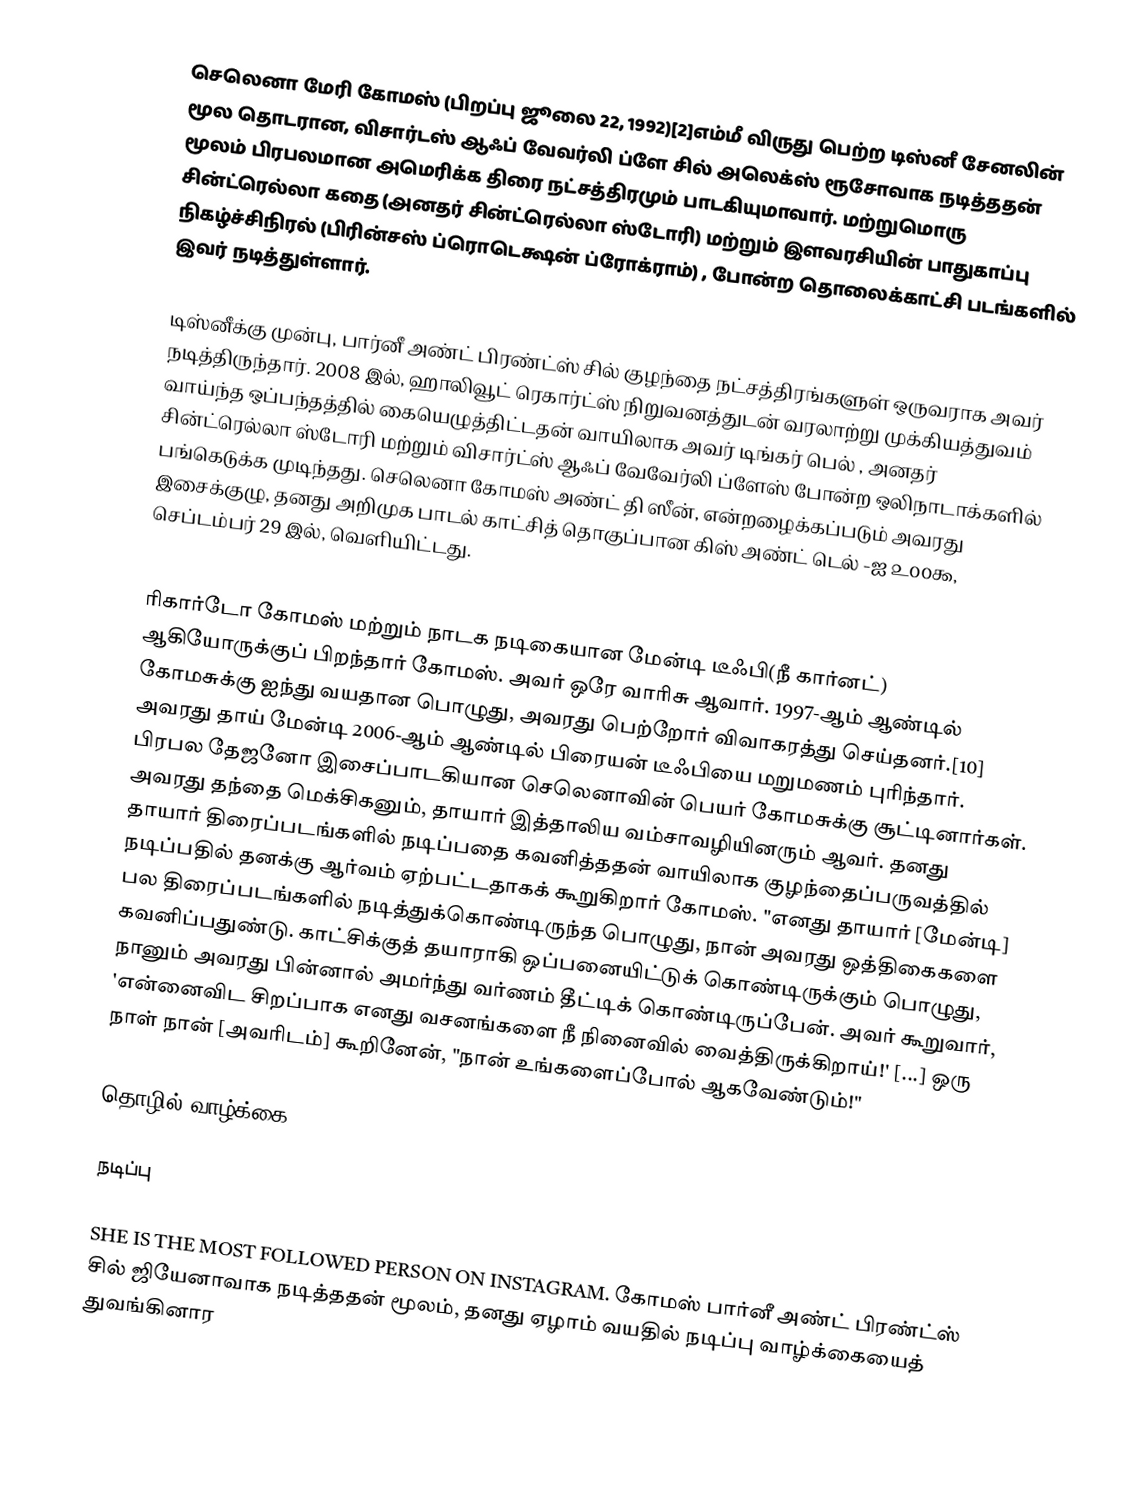
செலெனா மேரி கோமஸ் (பிறப்பு ஜூலை 22, 1992)[2]எம்மீ விருது பெற்ற டிஸ்னீ சேனலின் மூல தொடரான, விசார்டஸ் ஆஃப் வேவர்லி ப்ளே சில் அலெக்ஸ் ரூசோவாக நடித்ததன் மூலம் பிரபலமான அமெரிக்க திரை நட்சத்திரமும் பாடகியுமாவார். மற்றுமொரு சின்ட்ரெல்லா கதை (அனதர் சின்ட்ரெல்லா ஸ்டோரி) மற்றும் இளவரசியின் பாதுகாப்பு நிகழ்ச்சிநிரல் (பிரின்சஸ் ப்ரொடெக்ஷன் ப்ரோக்ராம்) , போன்ற தொலைக்காட்சி படங்களில் இவர் நடித்துள்ளார்.

டிஸ்னீக்கு முன்பு, பார்னீ அண்ட் பிரண்ட்ஸ் சில் குழந்தை நட்சத்திரங்களுள் ஒருவராக அவர் நடித்திருந்தார். 2008 இல், ஹாலிவூட் ரெகார்ட்ஸ் நிறுவனத்துடன் வரலாற்று முக்கியத்துவம் வாய்ந்த ஒப்பந்தத்தில் கையெழுத்திட்டதன் வாயிலாக அவர் டிங்கர் பெல் , அனதர் சின்ட்ரெல்லா ஸ்டோரி மற்றும் விசார்ட்ஸ் ஆஃப் வேவேர்லி ப்ளேஸ் போன்ற ஒலிநாடாக்களில் பங்கெடுக்க முடிந்தது. செலெனா கோமஸ் அண்ட் தி ஸீன், என்றழைக்கப்படும் அவரது இசைக்குழு, தனது அறிமுக பாடல் காட்சித் தொகுப்பான கிஸ் அண்ட் டெல் -ஐ ௨௦௦௯, செப்டம்பர் 29 இல், வெளியிட்டது.

ரிகார்டோ கோமஸ் மற்றும் நாடக நடிகையான மேன்டி டீஃபி(நீ கார்னட்) ஆகியோருக்குப் பிறந்தார் கோமஸ். அவர் ஒரே வாரிசு ஆவார். 1997-ஆம் ஆண்டில் கோமசுக்கு ஐந்து வயதான பொழுது, அவரது பெற்றோர் விவாகரத்து செய்தனர்.[10] அவரது தாய் மேன்டி 2006-ஆம் ஆண்டில் பிரையன் டீஃபியை மறுமணம் புரிந்தார். பிரபல தேஜனோ இசைப்பாடகியான செலெனாவின் பெயர் கோமசுக்கு சூட்டினார்கள். அவரது தந்தை மெக்சிகனும், தாயார் இத்தாலிய வம்சாவழியினரும் ஆவர். தனது தாயார் திரைப்படங்களில் நடிப்பதை கவனித்ததன் வாயிலாக குழந்தைப்பருவத்தில் நடிப்பதில் தனக்கு ஆர்வம் ஏற்பட்டதாகக் கூறுகிறார் கோமஸ். "எனது தாயார் [மேன்டி] பல திரைப்படங்களில் நடித்துக்கொண்டிருந்த பொழுது, நான் அவரது ஒத்திகைகளை கவனிப்பதுண்டு. காட்சிக்குத் தயாராகி ஒப்பனையிட்டுக் கொண்டிருக்கும் பொழுது, நானும் அவரது பின்னால் அமர்ந்து வர்ணம் தீட்டிக் கொண்டிருப்பேன். அவர் கூறுவார், 'என்னைவிட சிறப்பாக எனது வசனங்களை நீ நினைவில் வைத்திருக்கிறாய்!' [...] ஒரு நாள் நான் [அவரிடம்] கூறினேன், "நான் உங்களைப்போல் ஆகவேண்டும்!"

தொழில் வாழ்க்கை

நடிப்பு

SHE IS THE MOST FOLLOWED PERSON ON INSTAGRAM. கோமஸ் பார்னீ அண்ட் பிரண்ட்ஸ் சில் ஜியேனாவாக நடித்ததன் மூலம், தனது ஏழாம் வயதில் நடிப்பு வாழ்க்கையைத் துவங்கினார